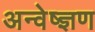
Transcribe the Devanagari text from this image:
अन्वेष्ज्ञण